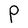
Character: P